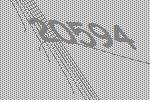
20594